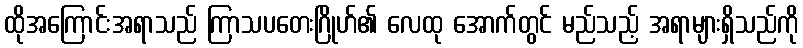
ထိုအကြောင်းအရာသည် ကြာသပတေးဂြိုဟ်၏ လေထု အောက်တွင် မည်သည့် အရာများရှိသည်ကို